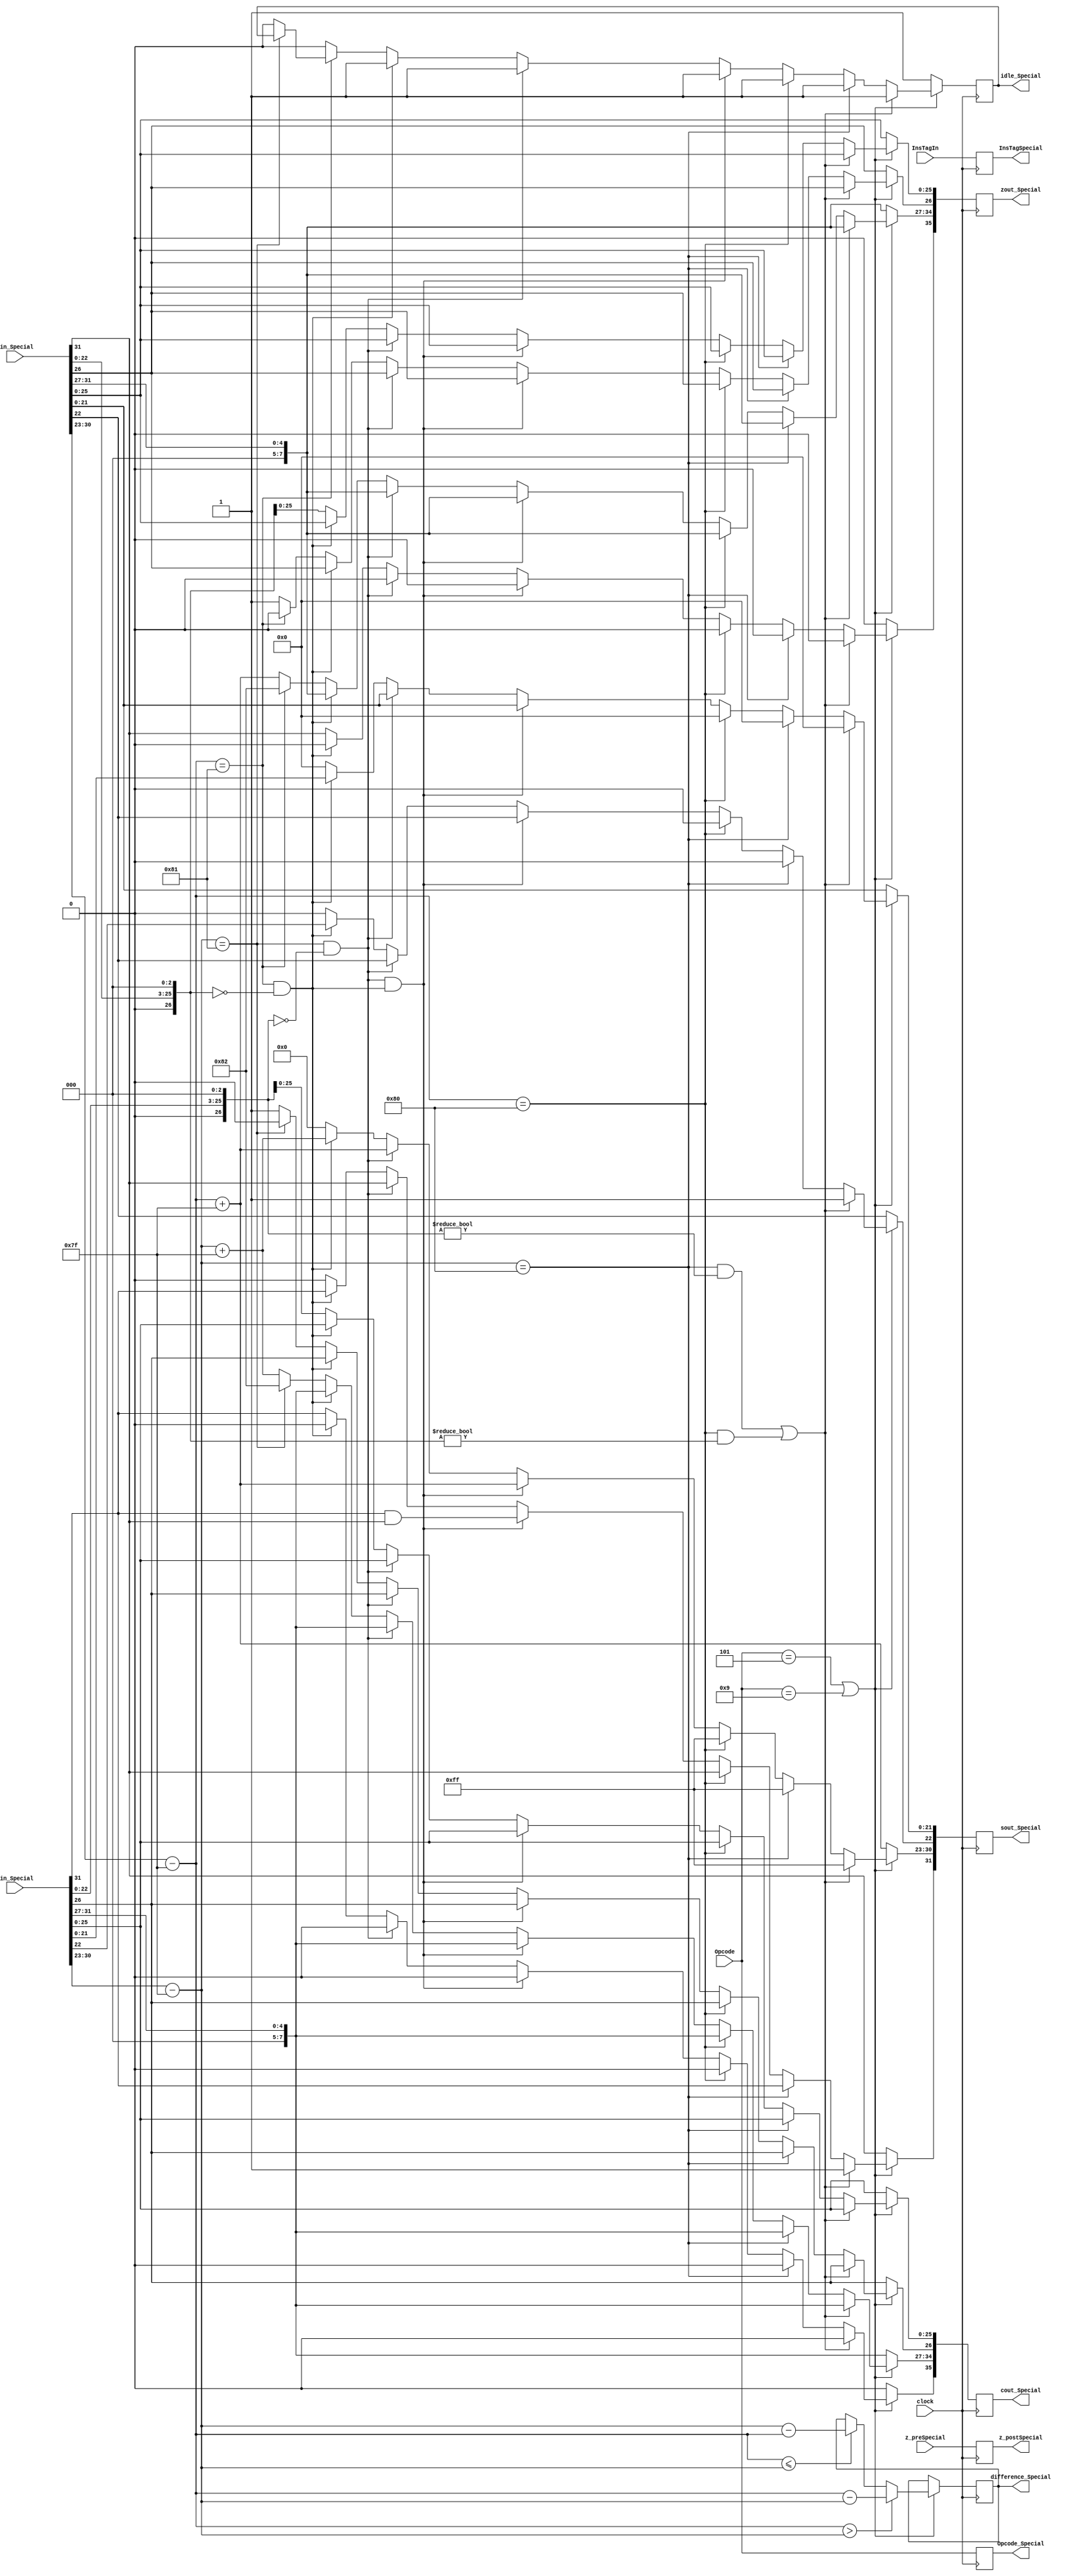
module SpecialAddProcess(
	input [31:0] z_preSpecial,
   input [3:0] Opcode,
	input [31:0] cin_Special,
	input [31:0] zin_Special,
	input [7:0] InsTagIn,
	input clock,
	output reg idle_Special = 1'b0,
	output reg [7:0] difference_Special,
	output reg [35:0] cout_Special,
	output reg [35:0] zout_Special,
	output reg [31:0] sout_Special,
	output reg [3:0] Opcode_Special,
	output reg [31:0] z_postSpecial,
	output reg [7:0] InsTagSpecial
   );
	
wire z_sign;
wire [7:0] z_exponent;
wire [26:0] z_mantissa;

wire c_sign;
wire [7:0] c_exponent;
wire [26:0] c_mantissa;

assign c_sign = cin_Special[31];
assign c_exponent = {cin_Special[30:23] - 127};
assign c_mantissa = {cin_Special[22:0],3'd0};

assign z_sign = {zin_Special[31]};
assign z_exponent = {zin_Special[30:23] - 127};
assign z_mantissa = {zin_Special[22:0],3'd0};

parameter no_idle = 1'b0,
			 put_idle = 1'b1;

parameter sin_cos		= 4'd0,
			 sinh_cosh	= 4'd1,
			 arctan		= 4'd2,
			 arctanh		= 4'd3,
			 exp			= 4'd4,
			 sqr_root   = 4'd5,			// Pre processed input is given 4'd11
												// This requires pre processing. x = (a+1)/2 and y = (a-1)/2
			 division	= 4'd6,
			 tan			= 4'd7,			// This is iterative. sin_cos followed by division.
			 tanh			= 4'd8,			// This is iterative. sinh_cosh followed by division.
			 nat_log		= 4'd9,			// This requires pre processing. x = (a+1) and y = (a-1)
			 hypotenuse = 4'd10,
			 PreProcess = 4'd11;

always @ (posedge clock)
begin
	
	InsTagSpecial <= InsTagIn;
	z_postSpecial <= z_preSpecial;
	Opcode_Special <= Opcode;
	
   if(Opcode == sqr_root || Opcode == nat_log) begin
	
	if ($signed(z_exponent) > $signed(c_exponent)) begin
		difference_Special <= z_exponent - c_exponent;
	end
	else if ($signed(z_exponent) <= $signed(c_exponent)) begin
		difference_Special <= c_exponent - z_exponent;
	end	
	
	// Most of the special cases will never occur except the case where one input is zero.
	// The HCORDIC module will not receive NaN and inf at input stage.
	//if c is NaN or z is NaN return NaN 
   if ((c_exponent == 128 && c_mantissa != 0) || (z_exponent == 128 && z_mantissa != 0)) begin
      sout_Special[31] <= 1;
      sout_Special[30:23] <= 255;
      sout_Special[22] <= 1;
      sout_Special[21:0] <= 0;
		zout_Special <= zin_Special;
		cout_Special <= cin_Special;
		idle_Special <= put_idle;
    //if c is inf return inf
    end else if (c_exponent == 128) begin
      sout_Special[31] <= c_sign;
      sout_Special[30:23] <= 255;
      sout_Special[22:0] <= 0;
		zout_Special <= zin_Special;
		cout_Special <= cin_Special;
		idle_Special <= put_idle;		
    //if z is inf return inf
    end else if (z_exponent == 128) begin
      sout_Special[31] <= z_sign;
      sout_Special[30:23] <= 255;
      sout_Special[22:0] <= 0;
		zout_Special <= zin_Special;
		cout_Special <= cin_Special;
		idle_Special <= put_idle;		
    //if c is zero return z
    end else if ((($signed(c_exponent) == -127) && (c_mantissa == 0)) && (($signed(z_exponent) == -127) && (z_mantissa == 0))) begin
      sout_Special[31] <= c_sign & z_sign;
      sout_Special[30:23] <= z_exponent[7:0] + 127;
      sout_Special[22:0] <= z_mantissa[26:3];
		zout_Special <= zin_Special;
		cout_Special <= cin_Special;
      idle_Special <= put_idle;							
    //if c is zero return z
    end else if (($signed(c_exponent) == -127) && (c_mantissa == 0)) begin
      sout_Special[31] <= z_sign;
      sout_Special[30:23] <= z_exponent[7:0] + 127;
      sout_Special[22:0] <= z_mantissa[26:3];
		zout_Special <= zin_Special;
		cout_Special <= cin_Special;
      idle_Special <= put_idle;								
    //if z is zero return c
    end else if (($signed(z_exponent) == -127) && (z_mantissa == 0)) begin
      sout_Special[31] <= c_sign;
      sout_Special[30:23] <= c_exponent[7:0] + 127;
      sout_Special[22:0] <= c_mantissa[26:3];
		zout_Special <= zin_Special;
		cout_Special <= cin_Special;
      idle_Special <= put_idle;							
    end else begin
		sout_Special <= 0;
      //Denormalised Number
      if ($signed(c_exponent) == -127) begin
         cout_Special[34:27] <= -126;
			cout_Special[35] <= c_sign;
			cout_Special[26:0] <= c_mantissa;
      end else begin
			cout_Special[34:27] <= c_exponent + 127;
			cout_Special[35] <= c_sign;
         cout_Special[26] <= 1;
			cout_Special[25:0] <= c_mantissa[25:0];
			idle_Special <= no_idle;
      end
      //Denormalised Number
      if ($signed(z_exponent) == -127) begin
			zout_Special[35] <= z_sign;
         zout_Special[34:27] <= -126;
			zout_Special[26:0] <= z_mantissa;
      end else begin
			zout_Special[35] <= z_sign;
         zout_Special[34:27] <= z_exponent + 127;
			zout_Special[25:0] <= z_mantissa[25:0];
         zout_Special[26] <= 1;
			idle_Special <= no_idle;
      end
	end
	
   end

   else begin
      sout_Special[31] <= z_sign;
      sout_Special[30:23] <= z_exponent[7:0] + 127;
      sout_Special[22:0] <= z_mantissa[26:3];
		zout_Special <= zin_Special;
		cout_Special <= cin_Special;
      idle_Special <= put_idle;		
	end

end

endmodule